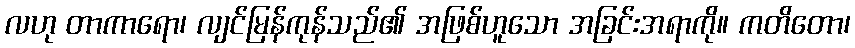
လဟု တာကာရော၊ လျင်မြန်ကုန်သည်၏ အဖြစ်ဟူသော အခြင်းအရာကို။ ကတိတော၊